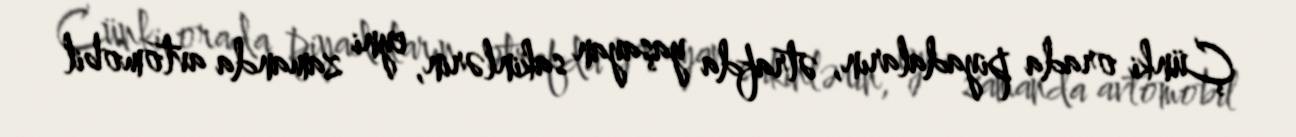
Çünki orada piyadaların, ətrafda yaşayan sakinlərin, eyni zamanda avtomobil